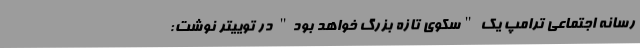
رسانه اجتماعی ترامپ یک "سکوی تازه بزرگ خواهد بود" در توییتر نوشت: